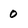
Character: 0